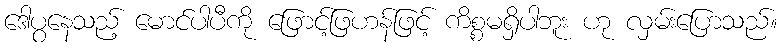
ဒေါပွနေသည့် မောင်ပါပီကို ဖြောင့်ဖြဟန်ဖြင့် ကိစ္စမရှိပါဘူး ဟု လှမ်းပြောသည်။